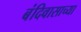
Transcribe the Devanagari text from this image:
बंदिवासाच्या